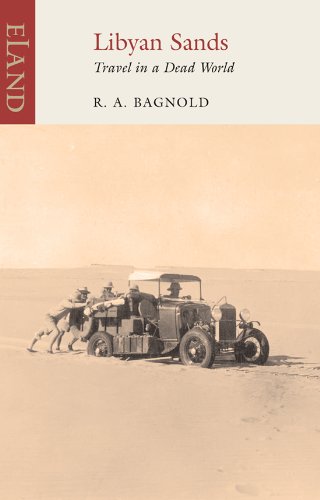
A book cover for Libyan Sands: Travel in a Dead World; Ralph A. Bagnold; Travel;